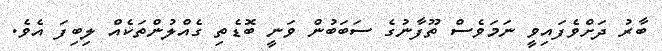
ބާރު ދަށްވެފައިވީ ނަމަވެސް ތޫފާނުގެ ސަބަބުން ވަނީ ބޮޑެތި ގެއްލުންތަކެއް ލިބިފަ އެވެ.